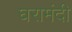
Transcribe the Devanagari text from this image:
घरामंदी